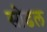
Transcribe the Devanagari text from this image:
सोढल